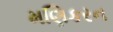
મણિકરન